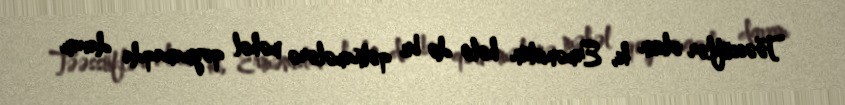
Təəssüflər olsun ki, Ermənistan hələ də bu qətnamələrə məhəl qoymamaqda davam